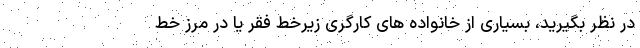
در نظر بگیرید، بسیاری از خانواده های کارگری زیرخط فقر یا در مرز خط